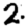
Digit: 2